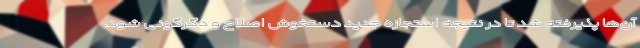
آن‌ها پذیرفته شد تا در نتیجه استجازه جدید دستخوش اصلاح و دگرگونی شود.